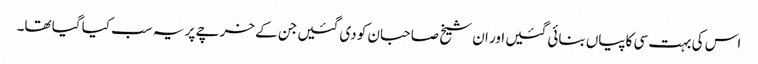
اس کی بہت سی کاپیاں بنائی گئیں اور ان شیخ صاحبان کو دی گئیں جن کے خرچے پر یہ سب کیا گیا تھا۔